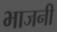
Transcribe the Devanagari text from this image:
भाजनी